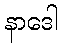
နာဒေါ